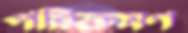
পরিক্রমণ